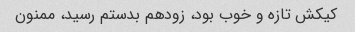
کیکش تازه و خوب بود، زودهم بدستم رسید، ممنون